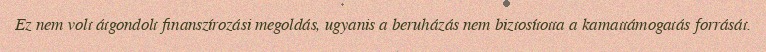
Ez nem volt átgondolt finanszírozási megoldás, ugyanis a beruházás nem biztosította a kamattámogatás forrását.